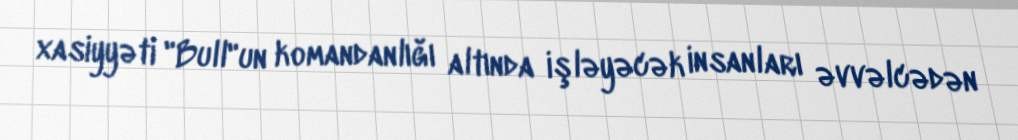
xasiyyəti "Bull"un komandanlığı altında işləyəcək insanları əvvəlcədən